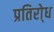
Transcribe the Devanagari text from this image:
प्रतिरो्ध